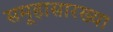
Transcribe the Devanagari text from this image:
समूहासारख्या